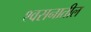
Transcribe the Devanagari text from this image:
श्वसनातील